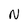
Character: N